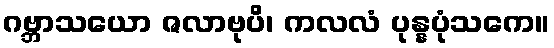
ဂဗ္ဘာသယော ဇလာဗုပိ၊ ကလလံ ပုန္နပုံသကေ။